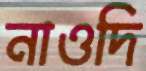
নাওদি